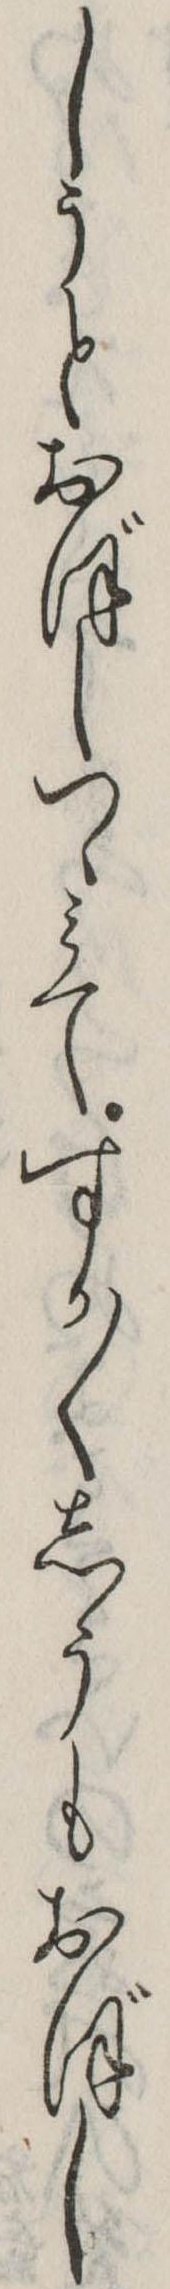
しうとおぼしつゝみてすか〱しうもおぼし